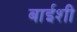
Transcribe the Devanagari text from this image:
बाईशी